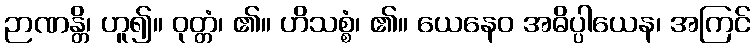
ဉာဏန္တိ၊ ဟူ၍။ ဝုတ္တံ၊ ၏။ ဟိသစ္စံ၊ ၏။ ယေနေဝ အဓိပ္ပါယေန၊ အကြင်